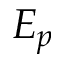
E _ { p }